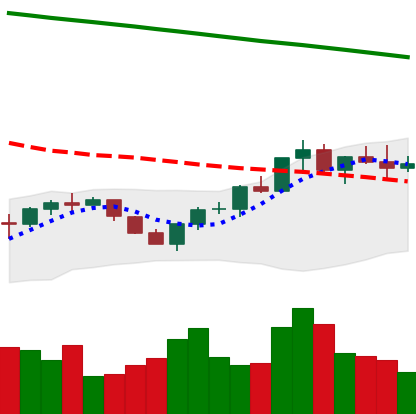
Ticker: BNB-USD
Chart end date: 2022-07-24
Forward return: 12.254%
Label: up_7plus